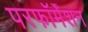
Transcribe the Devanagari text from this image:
परफॉर्मेंशन